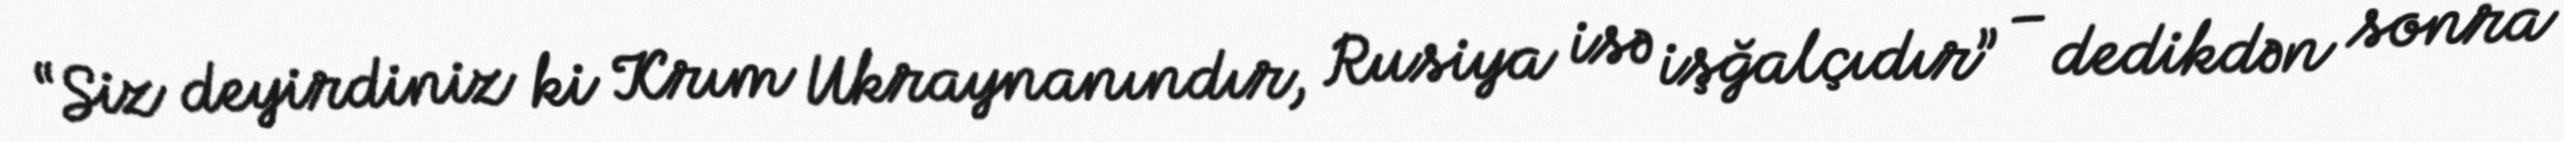
“Siz deyirdiniz ki Krım Ukraynanındır, Rusiya isə işğalçıdır” – dedikdən sonra